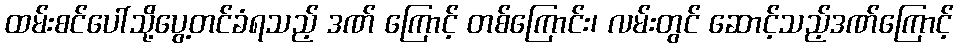
ထမ်းစင်ပေါ်သို့ပွေ့တင်ခံရသည့် ဒဏ် ကြောင့် တစ်ကြောင်း၊ လမ်းတွင် ဆောင့်သည့်ဒဏ်ကြောင့်